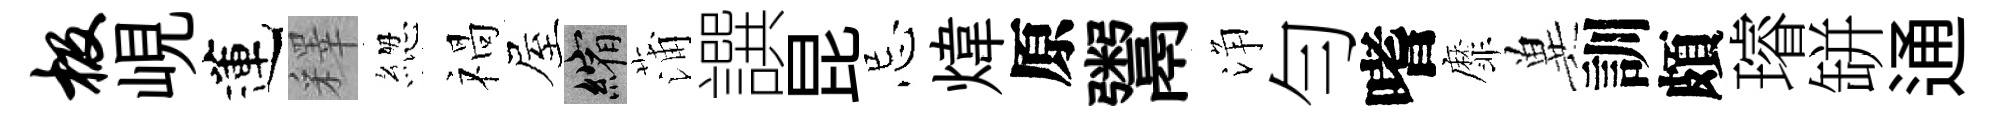
极峴蓮釋緫禍屋縮蒲譔昆忌煒原鬻浄勻嗜靡兾訓頗璿缾通